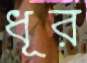
ধূর